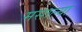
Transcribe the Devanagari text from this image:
मसाल्यां